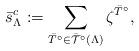
LaTeX: \begin{gather*}\bar{s}^c_\Lambda:=\sum\limits_{\bar T^\circ\in \bar{\mathcal T}^\circ(\Lambda)} \zeta^{\bar T^\circ},\end{gather*}